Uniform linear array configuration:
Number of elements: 64
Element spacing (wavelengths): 0.5
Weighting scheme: exponential
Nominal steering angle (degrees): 60
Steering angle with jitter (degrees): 58.599
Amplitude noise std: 0.05
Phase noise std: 0.05

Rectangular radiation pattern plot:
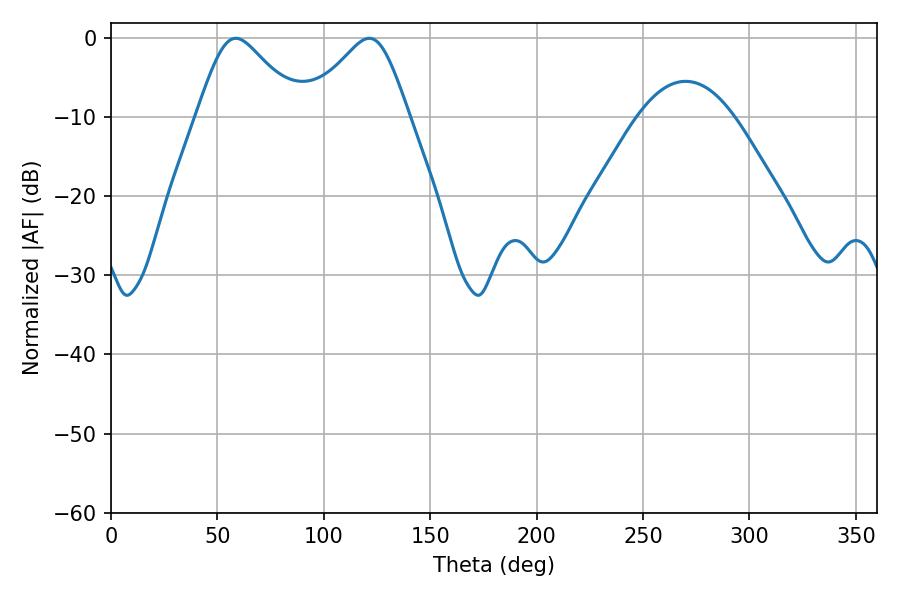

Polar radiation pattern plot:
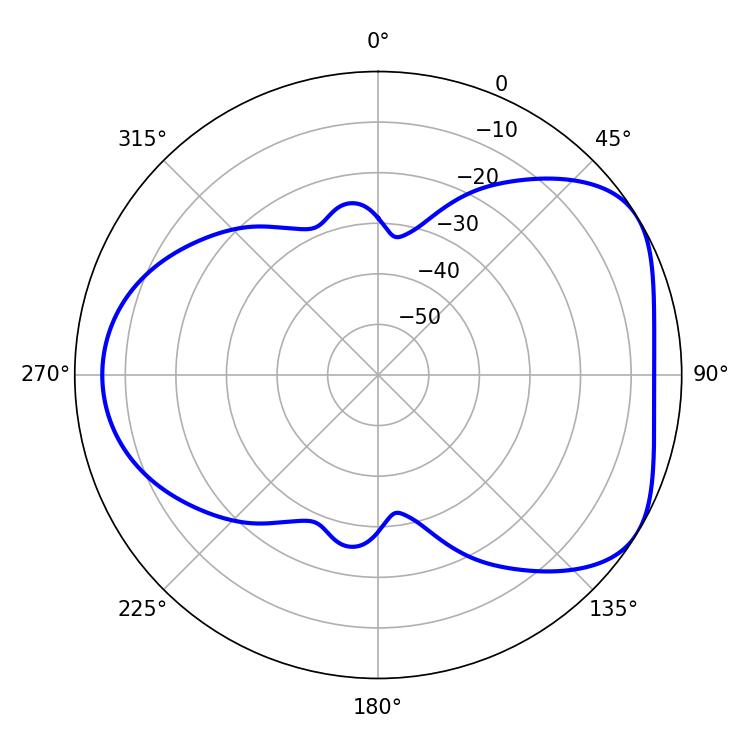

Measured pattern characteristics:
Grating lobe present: FALSE
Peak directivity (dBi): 4.881
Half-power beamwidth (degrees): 23.76
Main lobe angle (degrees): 58.68